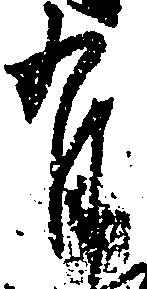
有